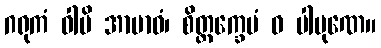
ဂရုကံ ဝါပိ အာဗာဓံ၊ စိတ္တက္ခေပံ ဝ ပါပုဏေ။